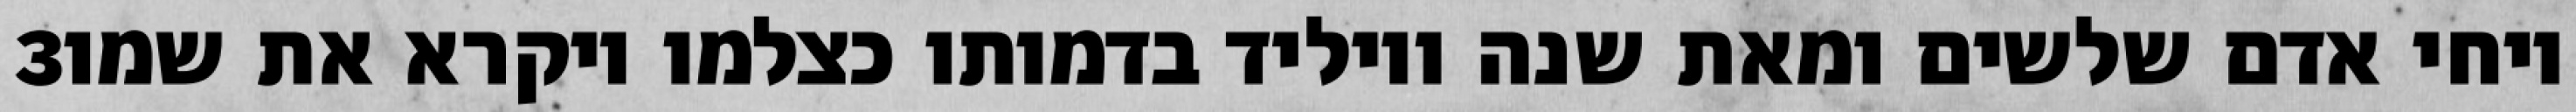
‎3‏ ויחי אדם שלשים ומאת שנה ויוליד בדמותו כצלמו ויקרא את שמו